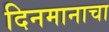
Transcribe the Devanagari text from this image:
दिनमानाचा